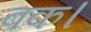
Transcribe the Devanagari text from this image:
बक।